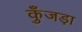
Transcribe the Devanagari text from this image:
कुँजड़ा